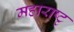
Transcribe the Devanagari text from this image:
महाराष्टृ